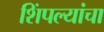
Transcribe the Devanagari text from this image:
शिंपल्यांचा